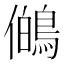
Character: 𭀊